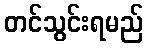
တင်သွင်းရမည်